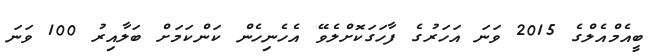
ބީއެމްއެލްގެ 2015 ވަނަ އަހަރުގެ ފާހަގަކޮށްލެވޭ އެހެނިހެން ކަންކަމަށް ބަލާއިރު 100 ވަނަ